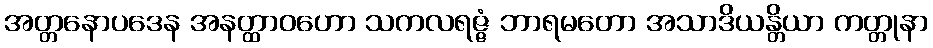
အတ္တနောပဒေန အနတ္ထာဝဟော သကလရဇ္ဇံ ဘာရမတော အသာဒိယန္တိယာ ကတ္တုနာ